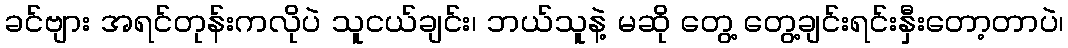
ခင်ဗျား အရင်တုန်းကလိုပဲ သူငယ်ချင်း၊ ဘယ်သူနဲ့ မဆို တွေ့ တွေ့ချင်းရင်းနှီးတော့တာပဲ၊